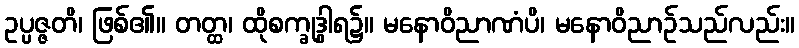
ဥပ္ပဇ္ဇတိ၊ ဖြစ်၏။ တတ္ထ၊ ထိုစက္ခုဒွါရ၌။ မနောဝိညာဏံပိ၊ မနောဝိညာဉ်သည်လည်း။